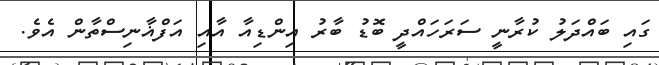
ގައި ބައްދަލު ކުރާނީ ސަރަހައްދީ ބޮޑު ބާރު އިންޑިއާ އާއި އަފްޣާނިސްތާން އެވެ.